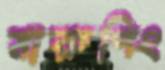
মারুপিং